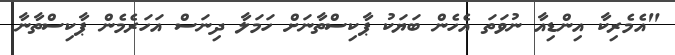
"އެމެރިކާ އިންޑިއާ ނުވަތަ އެހެން ބަޔަކު ޕާކިސްތާނަށް ހަމަލާ ދިނަސް އަހަރެމެން ޕާކިސްތާނާ